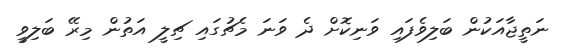
ނަތީޖާއަކުން ބަލިވެފައި ވަނިކޮށް ދެ ވަނަ މެޗުގައި ޗިލީ އަތުން މިރޭ ބަލިވީ